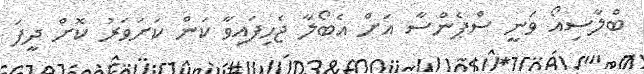
ބްލާސިއޯ ވަނީ ސްޕެންސާ އަށް އެބޯލާ ޖެހިފައިވާ ކަން ކަށަވަރު ކޮށް ދީފަ